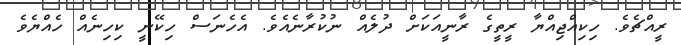
ރީއްޗެވެ. ހިކިއްޖިއްޔާ ރީތީގެ ރާނީއަކަށް ދުލެއް ނުކުރާނެއެވެ. އެހެނަސް ހިކޭނީ ކިހިނެއް ހެއްޔެވެ